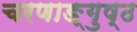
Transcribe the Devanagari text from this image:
चरणाङ्गुष्ठ